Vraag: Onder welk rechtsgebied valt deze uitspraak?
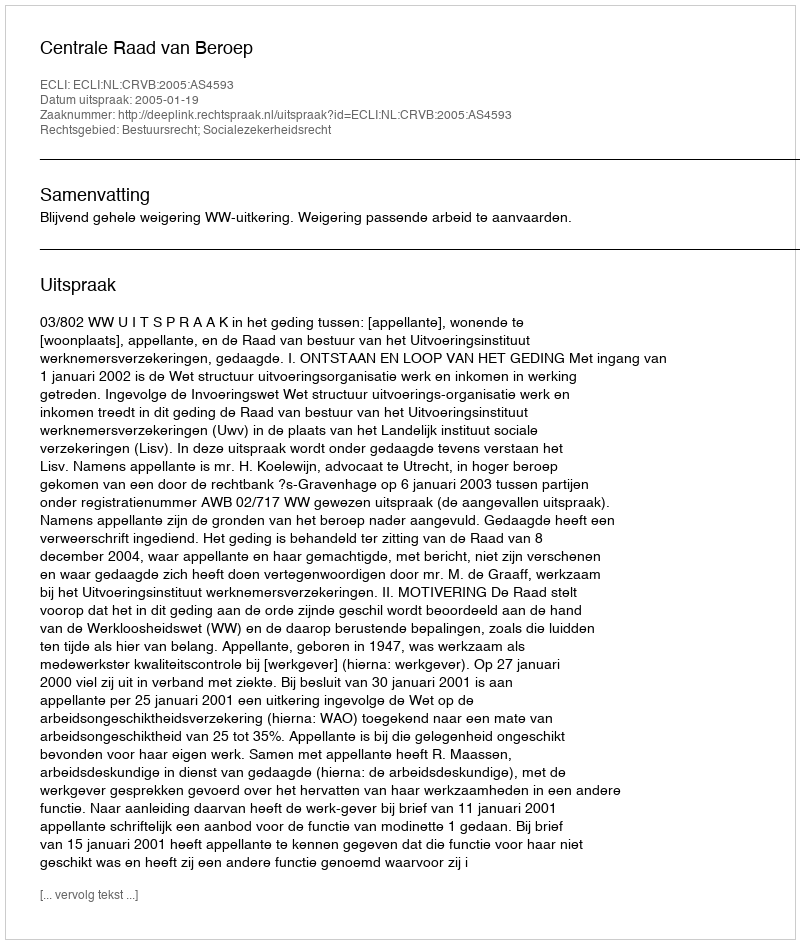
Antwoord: Bestuursrecht; Socialezekerheidsrecht